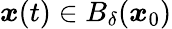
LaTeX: {\boldsymbol x}(t)\in B_{\delta}({\boldsymbol x}_{0})